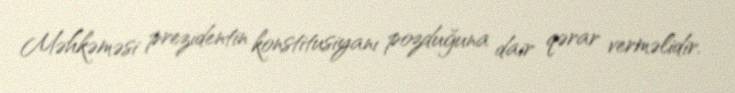
Məhkəməsi prezidentin konstitusiyanı pozduğuna dair qərar verməlidir.